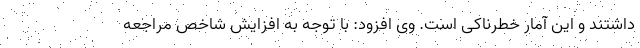
داشتند و این آمار خطرناکی است. وی افزود: با توجه به افزایش شاخص مراجعه